Report on the treatment of epidemic cholera: from information collected by the governments of Bengal, Madras, Bombay, N.W. Provinces, Punjab, Oudh, and Central India, by order of the Government of India
Disease focus: Cholera
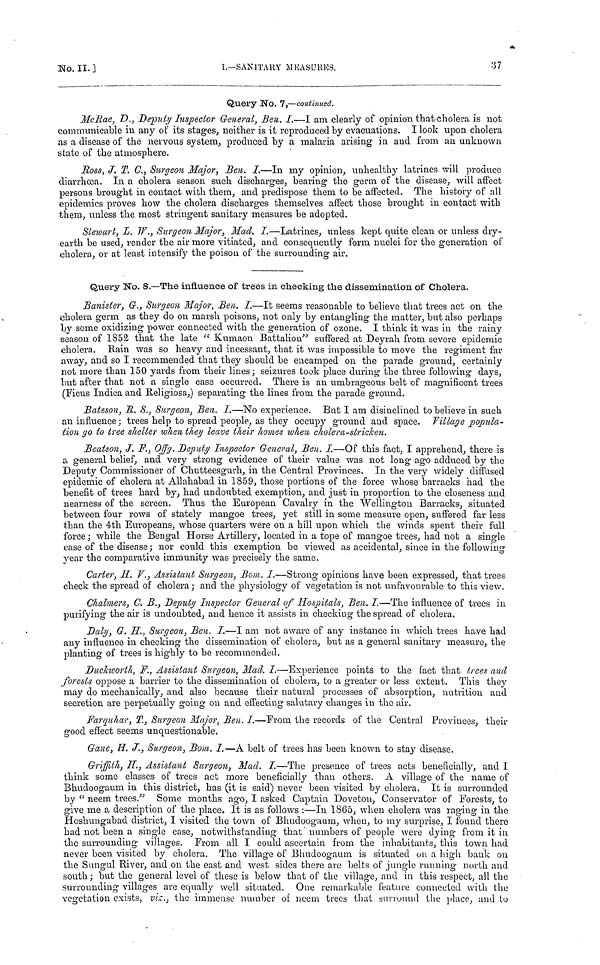
No. II.]
I.—SANITARY MEASURES.
37
Query No. 7,—continued.
McRae, D., Deputy Inspector General, Ben. I.—I am clearly of opinion that cholera is not
communicable in any of its stages, neither is it reproduced by evacuations. I look upon cholera
as a disease of the nervous system, produced by a malaria arising in and from an unknown
state of the atmosphere.
Ross, J. T. C., Surgeon Major, Ben. I.—In my opinion, unhealthy latrines will produce
diarrhœa. In a cholera season such discharges, bearing the germ of the disease, will affect
persons brought in contact with them, and predispose them to be affected. The history of all
epidemics proves how the cholera discharges themselves affect those brought in contact with
them, unless the most stringent sanitary measures be adopted.
Stewart, L. W., Surgeon Major, Mad. I.—Latrines, unless kept quite clean or unless dry-
earth be used, render the air more vitiated, and consequently form nuclei for the generation of
cholera, or at least intensify the poison of the surrounding air.
Query No. 8.—The influence of trees in checking the dissemination of Cholera.
Banister, G., Surgeon Major, Ben. I.—It seems reasonable to believe that trees act on the
cholera germ as they do on marsh poisons, not only by entangling the matter, but also perhaps
by some oxidizing power connected with the generation of ozone. I think it was in the rainy
season of 1852 that the late "Kumaon Battalion" suffered at Deyrah from severe epidemic
cholera. Rain was so heavy and incessant, that it was impossible to move the regiment far
away, and so I recommended that they should be encamped on the parade ground, certainly
not more than 150 yards from their lines; seizures took place during the three following days,
but after that not a single case occurred. There is an umbrageous belt of magnificent trees
(Ficus Indica and Religiosa,) separating the lines from the parade ground.
Bateson, R. S., Surgeon, Sen. I.—No experience. But I am disinclined to believe in such
an influence; trees help to spread people, as they occupy ground and space. Village popula-
tion go to tree shelter when they leave their homes when cholera-stricken.
Beatson, J. F., Offg. Deputy Inspector General, Ben. I.—Of this fact, I apprehend, there is
a general belief, and very strong evidence of their value was not long ago adduced by the
Deputy Commissioner of Chutteesgurh, in the Central Provinces. In the very widely diffused
epidemic of cholera at Allahabad in 1859, those portions of the force whose barracks had the
benefit of trees hard by, had undoubted exemption, and just in proportion to the closeness and
nearness of the screen. Thus the European Cavalry in the Wellington Barracks, situated
between four rows of stately mangoe trees, yet still in some measure open, suffered far less
than the 4th Europeans, whose quarters were on a hill upon which the winds spent their full
force ; while the Bengal Horse Artillery, located in a tope of mangoe trees, had not a single
case of the disease ; nor could this exemption be viewed as accidental, since in the following
year the comparative immunity was precisely the same.
Carter, H. V., Assistant Surgeon, Bom. I.—Strong opinions have been expressed, that trees
check the spread of cholera; and the physiology of vegetation is not unfavourable to this view.
Chalmers, C. B., Deputy Inspector General of Hospitals, Ben. I.—The influence of trees in
purifying the air is undoubted, and hence it assists in checking the spread of cholera.
Daly, G, IL, Surgeon, Ben. I.—I am not aware of any instance in which trees have had
any influence in checking the dissemination of cholera, but as a general sanitary measure, the
planting of trees is highly to be recommended.
Duckworth, F., Assistant Surgeon, Mad. I.—Experience points to the fact that trees and
forests oppose a barrier to the dissemination of cholera, to a greater or less extent. This they
may do mechanically, and also because their natural processes of absorption, nutrition and
secretion are perpetually going on and effecting salutary changes in the air.
Farquhar, T., Surgeon Major, Ben. I.—From the records of the Central Provinces, their
good effect seems unquestionable.
Gane, H. J., Surgeon, Bom. I.—A belt of trees has been known to stay disease.
Griffith, H., Assistant Surgeon, Mad. I.—The presence of trees acts beneficially, and I
think some classes of trees act more beneficially than others. A village of the name of
Bhudoogaum in this district, has (it is said) never been visited by cholera. It is surrounded
by "neem trees." Some months ago, I asked Captain Doveton, Conservator of Forests, to
give me a description of the place. It is as follows :—In 1865, when cholera was raging in the
Hoshungabad district, I visited the town of Bhudoogaum, when, to my surprise, I found there
had not been a single case, notwithstanding that numbers of people were dying from it in
the surrounding villages. From all I could ascertain from the inhabitants, this town had
never been visited by cholera. The village of Bhudoogaum is situated on a high bank on
the Sungul River, and on the east and west sides there are belts of jungle running north and
south ; but the general level of these is below that of the village, and in this respect, all the
surrounding villages are equally well situated. One remarkable feature connected with the
vegetation exists, viz., the immense number of neem trees that surround the place, and to